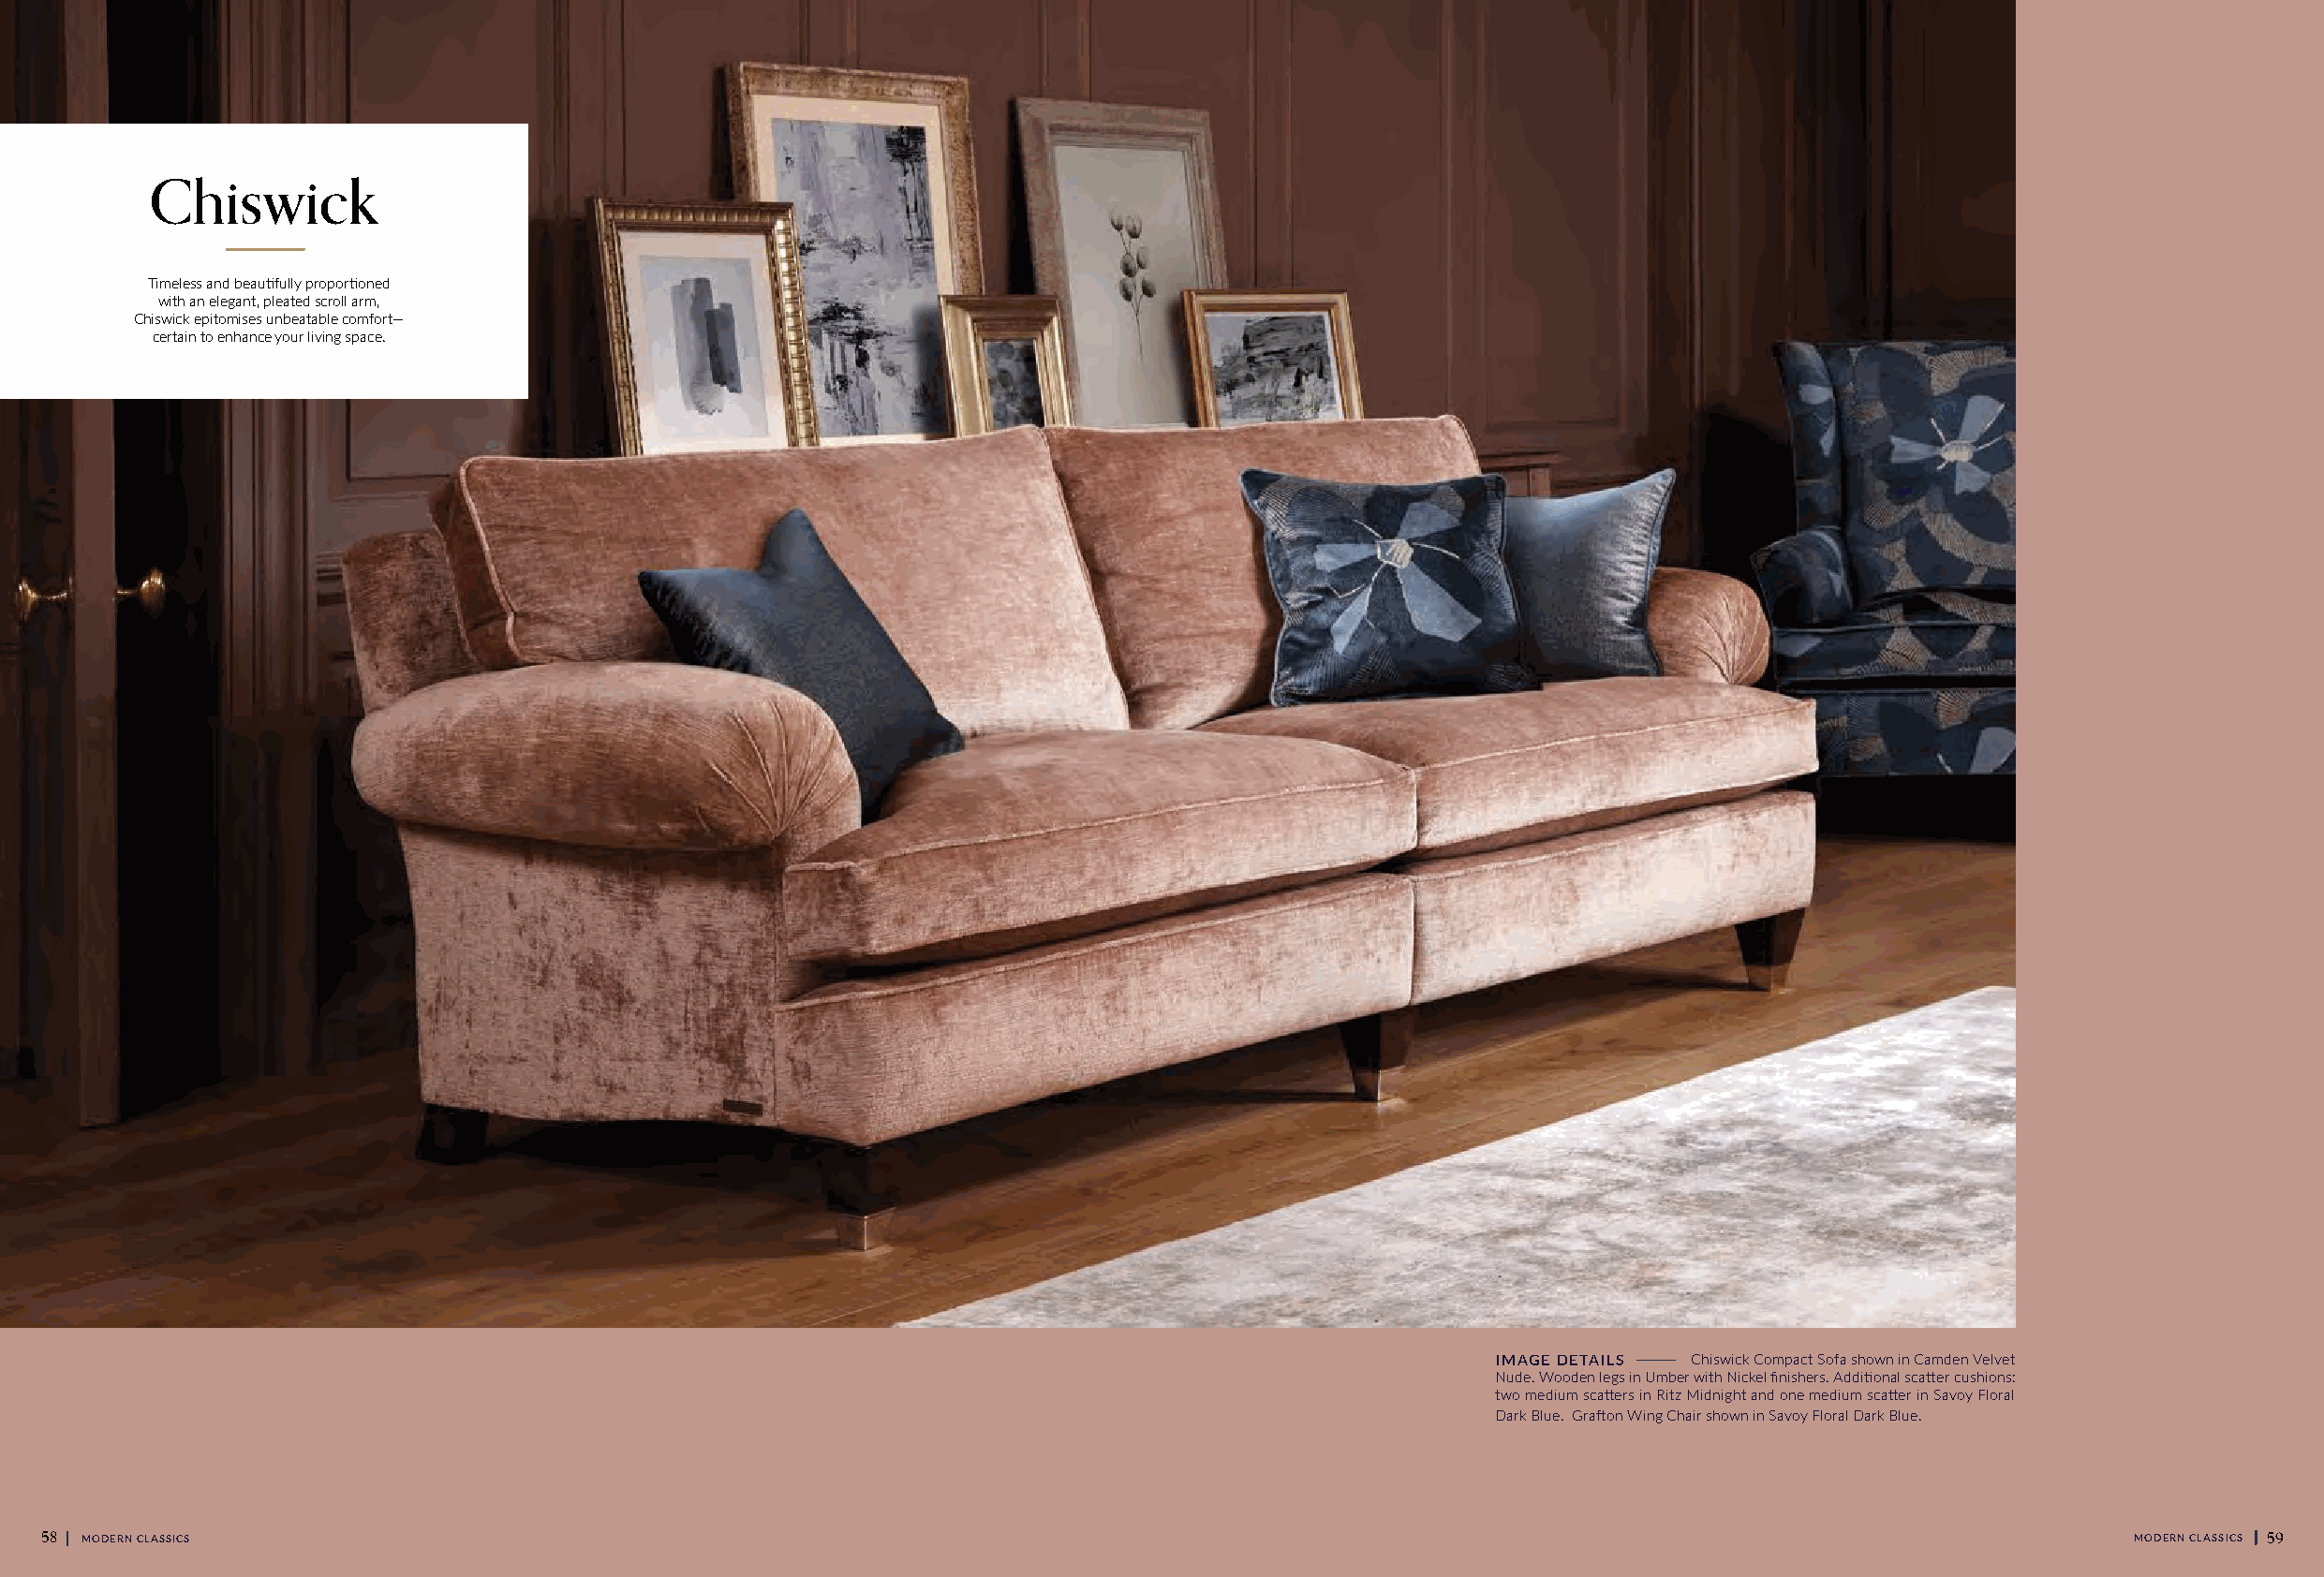
Chiswick
 Timeless and beautifully proportioned
 with an elegant, pleated scroll arm,
 Chiswick epitomises unbeatable comfort—
 certain to enhance your living space.
 I M A G E D E T A I L S Chiswick Compact Sofa shown in Camden Velvet
 Nude. Wooden legs in Umber with Nickel finishers. Additional scatter cushions:
 two medium scatters in Ritz Midnight and one medium scatter in Savoy Floral
 Dark Blue. Grafton Wing Chair shown in Savoy Floral Dark Blue.
 58 || MODERN CLASSICS                                                                                                                               MODERN CLASSICS || 59